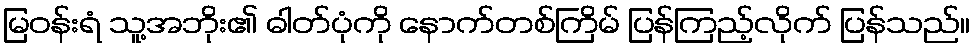
မြဝန်းရံ သူ့အဘိုး၏ ဓါတ်ပုံကို နောက်တစ်ကြိမ် ပြန်ကြည့်လိုက် ပြန်သည်။